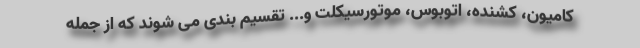
کامیون، کشنده، اتوبوس، موتورسیکلت و... تقسیم بندی می شوند که از جمله